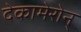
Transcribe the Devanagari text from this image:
देकामेरोन्